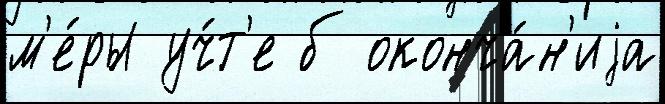
м'е́ры уч́т'е б оконча́н'иjа